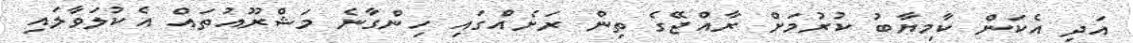
އަދި އެކަން ކާމިޔާބު ކުރުމަށް ރާއްޖޭގެ ތިން ރަށެއްގައި ހިންގާނެ މަޝްރޫއުތައް އެކުލަވާލައި